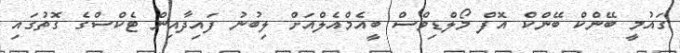
ގައުމީ ބޭންކް ބޭންކް އޮފް މޯލްޑިވްސް ބީއެމްއެލްއަށް ލިބުނު ފައިދާއިން ޓެކްސްގެ ގޮތުގައި